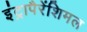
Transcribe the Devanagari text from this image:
इंट्रापैरेंशिमल